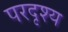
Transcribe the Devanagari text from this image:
परदृश्य